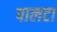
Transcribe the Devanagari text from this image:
पालटा